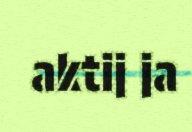
aktij ja